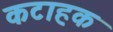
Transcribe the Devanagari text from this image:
कटाहक